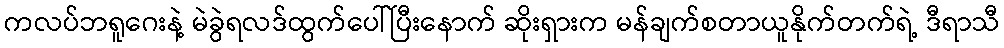
ကလပ်ဘရူဂေးနဲ့ မဲခွဲရလဒ်ထွက်ပေါ်ပြီးနောက် ဆိုးရှားက မန်ချက်စတာယူနိုက်တက်ရဲ့ ဒီရာသီ